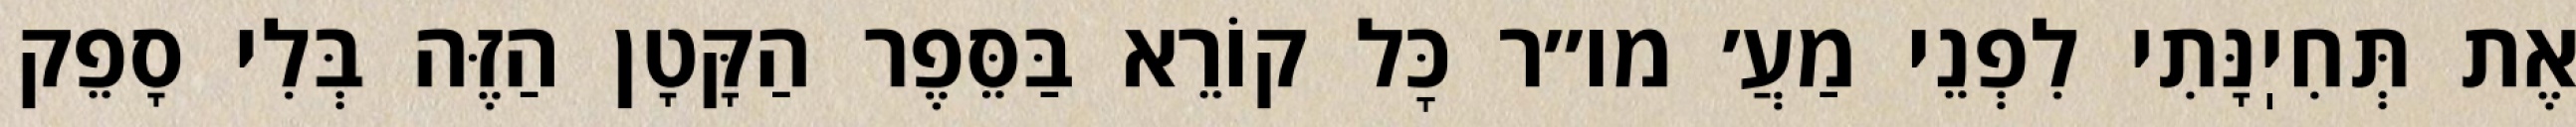
אֶת תְּחִיֽנָּתִי לִפְנֵי מַעֲ׳ מו״ר כׇּל קוֹרֵא בַּסֵּפֶר הַקָּטָן הַזֶּה בְּלִי סָפֵק